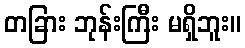
တခြား ဘုန်းကြီး မရှိဘူး။